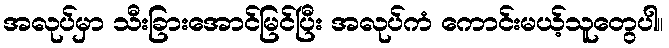
အလုပ်မှာ သီးခြားအောင်မြင်ပြီး အလုပ်ကံ ကောင်းမယ့်သူတွေပါ။